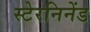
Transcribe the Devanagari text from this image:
स्टेरनिनेंड